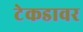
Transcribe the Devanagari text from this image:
टेकडावर